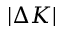
| \Delta K |